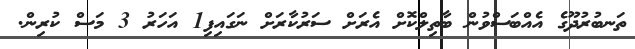
ތަނބުރުދޫގެ އެއްބަސްވުން ބާތިލްކޮށް އެރަށް ސަރުކާރަށް ނަގައިފި1 އަހަރު 3 މަސް ކުރިން.